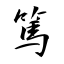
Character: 篤